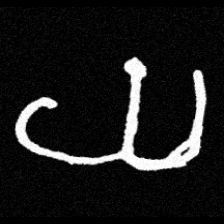
Pyu character \u2014 Myanmar letter: ယ (romanized: ya)